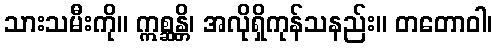
သားသမီးကို။ ဣစ္ဆန္တိ၊ အလိုရှိကုန်သနည်း။ တတောဝါ၊